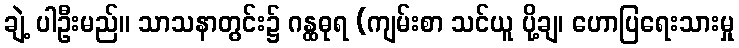
ချဲ့ ပါဦးမည်။ သာသနာတွင်း၌ ဂန္ထဓုရ (ကျမ်းစာ သင်ယူ ပို့ချ၊ ဟောပြရေးသားမှု